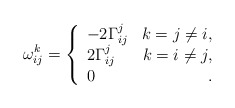
\begin{align*} \omega_{ij}^k=\left\{ \begin{array}{lr} -2\Gamma_{ij}^j& k=j\neq i,\\ 2\Gamma_{ij}^j& k=i\neq j,\\ 0 &\,. \end{array}\right.\end{align*}